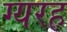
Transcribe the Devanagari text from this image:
ग्यरह